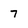
Character: 7